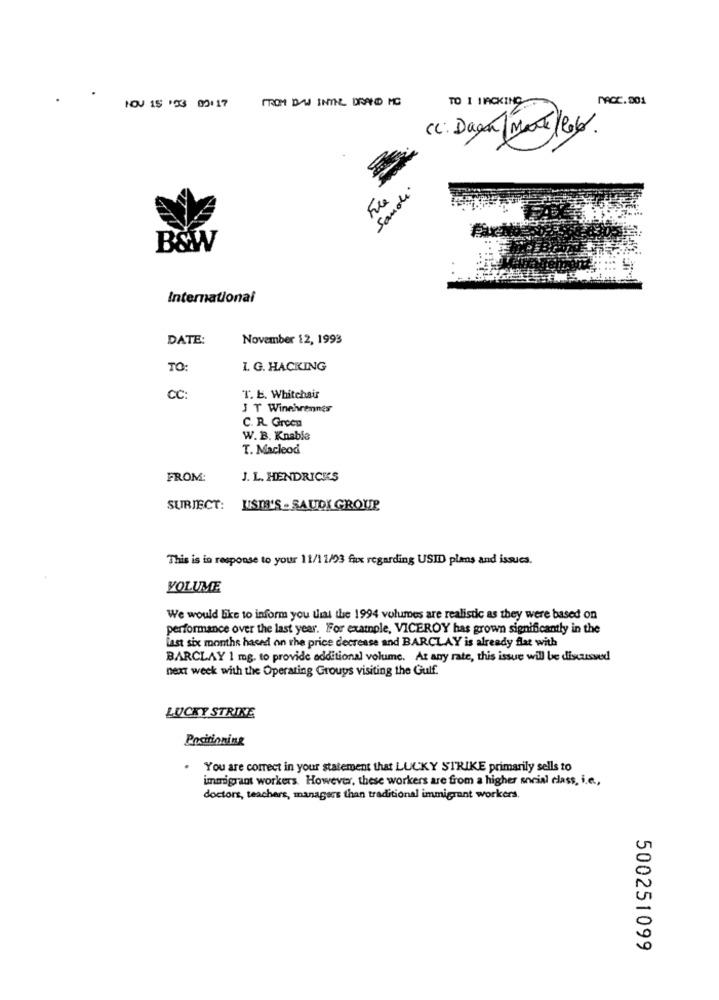
PROM DAS INTHE DRANDD MC
TO 1 HACKING
MACC.001
NOV 15 133 09:17
(c. Dagen Montellol.
Samoli
B&W
International
DATE:
November 12, 1993
TO:
I. G. HACKING
CC:
T. E. Whitehair
J T Winehrennes
C. R. Groen
W. B. Knable
T. Macleod
FROM:
J. L. HENDRICKS
SUBJECT:
LISTS'S . SAUDI GROUP
This is in response to your 11/11/03 fax regarding USIID plans and issues.
VOLUME
We would like to inform you that the 1994 volumes are realistic as they were based on
performance over the last year. FFor example, VICEROY has grown significantly in the
last six months haced on the price decrease and BARCLAY is already flat with
BARCLAY 1 mg. to provide additional volume. At any rate, this issue will be discussed
next week with the Operating Groups visiting the Gulf.
LUCKY STRIKE
Positioning
You are correct in your statement that LUCKY STRIKE primarily sells to
immigrant workers. However, these workers are from a higher social class, i.e .,
doctors, teachers, managers than traditional immigrant workers.
500251099